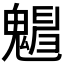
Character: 𩴋